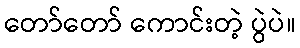
တော်တော် ကောင်းတဲ့ ပွဲပဲ။